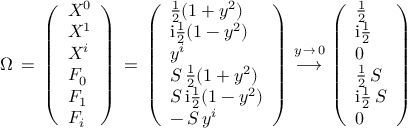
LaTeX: \Omega \, = \, \left( \begin{array} { l } { { X ^ { 0 } } } \\ { { X ^ { 1 } } } \\ { { X ^ { i } } } \\ { { F _ { 0 } } } \\ { { F _ { 1 } } } \\ { { F _ { i } } } \end{array} \right) \, = \, \left( \begin{array} { l } { { \frac { 1 } { 2 } ( 1 + y ^ { 2 } ) } } \\ { { \mathrm { i } \frac { 1 } { 2 } ( 1 - y ^ { 2 } ) } } \\ { { y ^ { i } } } \\ { { S \, \frac { 1 } { 2 } ( 1 + y ^ { 2 } ) } } \\ { { S \, \mathrm { i } \frac { 1 } { 2 } ( 1 - y ^ { 2 } ) } } \\ { { - \, S \, y ^ { i } } } \end{array} \right) \, { \stackrel { y \, \to \, 0 } { \longrightarrow } } \, \left( \begin{array} { l } { { \frac { 1 } { 2 } } } \\ { { \mathrm { i } \frac { 1 } { 2 } } } \\ { { 0 } } \\ { { \frac { 1 } { 2 } \, S } } \\ { { \mathrm { i } \frac { 1 } { 2 } \, S } } \\ { { 0 } } \end{array} \right)